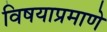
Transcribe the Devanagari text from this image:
विषयाप्रमाणे